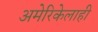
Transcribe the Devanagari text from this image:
अमेरिकेलाही